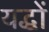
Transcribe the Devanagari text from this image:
यद्धों